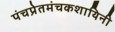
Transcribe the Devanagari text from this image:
पंचप्रेतमंचकशायिनी